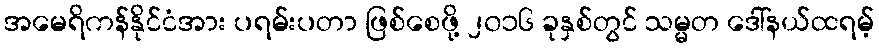
အမေရိကန်နိုင်ငံအား ပရမ်းပတာ ဖြစ်စေဖို့ ၂၀၁၆ ခုနှစ်တွင် သမ္မတ ဒေါ်နယ်ထရမ့်